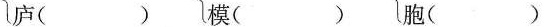
庐( )模（ ）胞（ ）